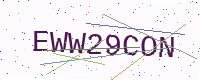
Text: EWW29CON